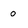
Character: 0